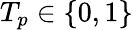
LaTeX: T_{p}\in\{ 0,1\}